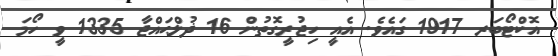
އޮކްޓޯބަރ 1917 ގައެވެ. އެއީ ހިޖުރީގޮތުން 16 ޛުލްޙައްޖާ 1335 ވީ ހޯމަ